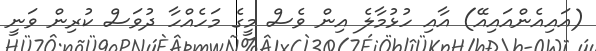
(އައިއެންއައިއޭ) އާއި ހުޅުމާލެ އިން ވެސް މީގެ މަހެއްހާ ދުވަސް ކުރިން ވަނީ